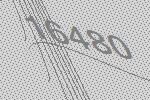
16480